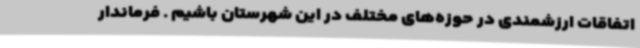
اتفاقات ارزشمندی در حوزه‌های مختلف در این شهرستان باشیم . فرماندار